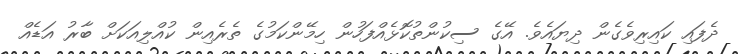
ދެފައި ކައިރިވެގެން ދިޔައެވެ. އޭގެ ސިކުންތުކޮޅެއްފަހުން ހިމޭންކަމުގެ ތެރެއިން ކުއްލިއަކަށް ބާރު އަޑެއް